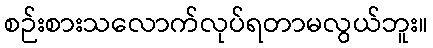
စဉ်းစားသလောက်လုပ်ရတာမလွယ်ဘူး။